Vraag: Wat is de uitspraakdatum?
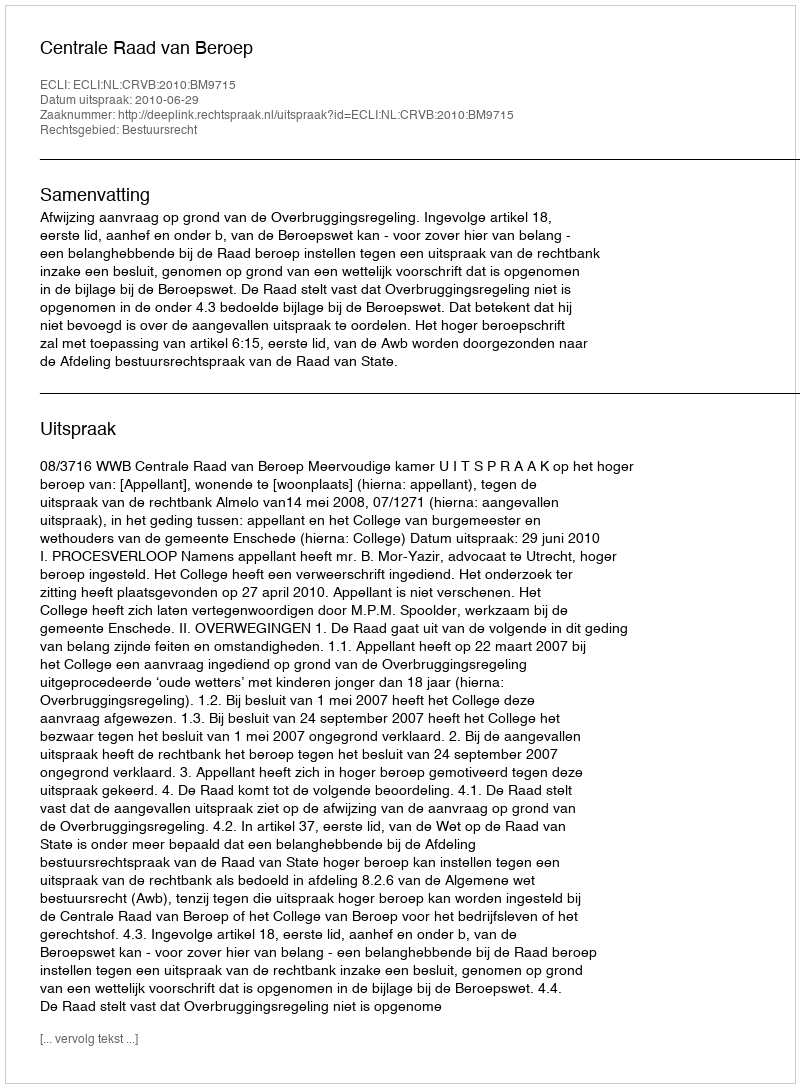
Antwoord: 2010-06-29